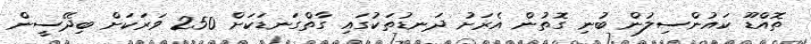
ތޮއްޑޫ ކައުންސިލުން ބުނި ގޮތުން އެރަށު ދަނޑުތަކުގައި ގާތްގަނޑަކަށް 250 ވަރަކަށް ބިދޭސީން